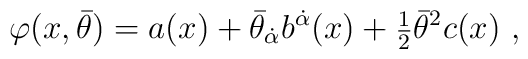
\varphi(x,\bar \theta)=a(x)+\bar \theta_{\dot{\alpha}}b^{\dot{\alpha}}(x)+{\mbox{\small{$\frac12$}}}\bar \theta^2 c(x)\ ,